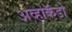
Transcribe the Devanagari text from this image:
अव्होकॅडो